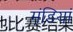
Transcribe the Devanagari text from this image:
मंडि़यां